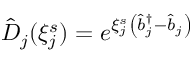
\hat { D } _ { j } ( \xi _ { j } ^ { s } ) = e ^ { \xi _ { j } ^ { s } \left( \hat { b } _ { j } ^ { \dagger } - \hat { b } _ { j } \right) }